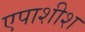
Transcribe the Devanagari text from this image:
एपाशीश